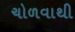
ચોળવાથી